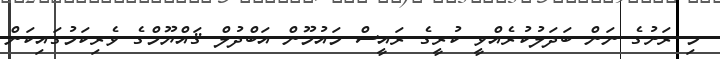
މި ރަށުގެ ނަން ބަދަލުކުރެއްވީ ކުރީގެ ރައީސް މައުމޫން އަބްދުލް ޤައްޔޫމްގެ ވެރިކަމުގައިކަން